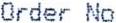
ORDER NO